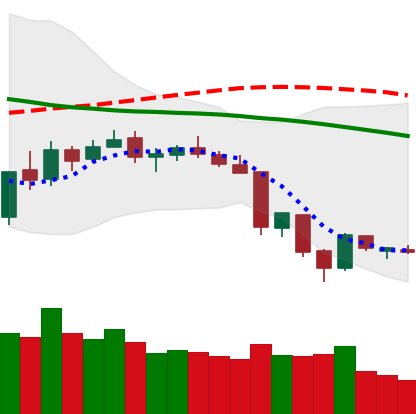
Ticker: XLM-USD
Chart end date: 2018-06-17
Forward return: -12.364%
Label: down_7plus